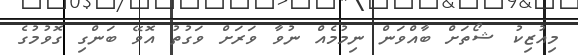
މިއުޒިކު ޝޯތަށް ބާއްވަން ނިމުމެއް ނުވާ ވަރަށް ވަގުތު އޮވޭ ބަންގި ގޮވުމުގެ